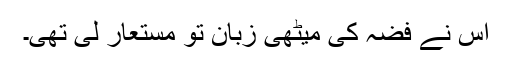
اس نے فضہ کی میٹھی زبان تو مستعار لی تھی۔